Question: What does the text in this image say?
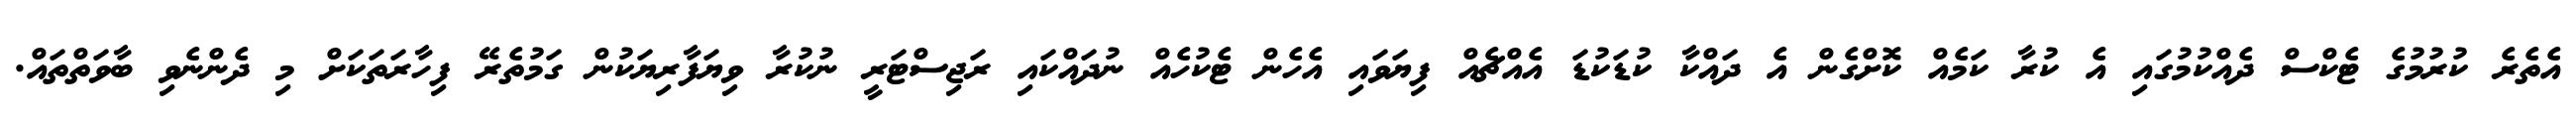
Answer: އެތެރެ ކުރުމުގެ ޓެކްސް ދެއްކުމުގައި އެ ކުރާ ކަމެއް ކޮށްގެން އެ ދައްކާ ކުޑަކުޑަ އެއްޗެއް ފިޔަވައި އެހެން ޓެކުހެއް ނުދައްކައި ރަޖިސްޓަރީ ނުކުރާ ވިޔަފާރިޔަކުން ގަމުތެރޭ ފިހާރަތަކަށް މި ދެންނެވި ބާވަތްތައް.